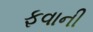
ફવાની